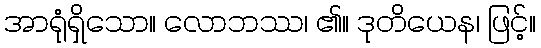
အာရုံရှိသော။ လောဘဿ၊ ၏။ ဒုတိယေန၊ ဖြင့်။